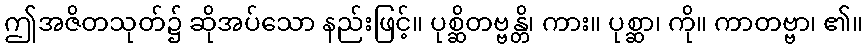
ဤအဇိတသုတ်၌ ဆိုအပ်သော နည်းဖြင့်။ ပုစ္ဆိတဗ္ဗန္တိ၊ ကား။ ပုစ္ဆာ၊ ကို။ ကာတဗ္ဗာ၊ ၏။